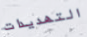
التهديدات